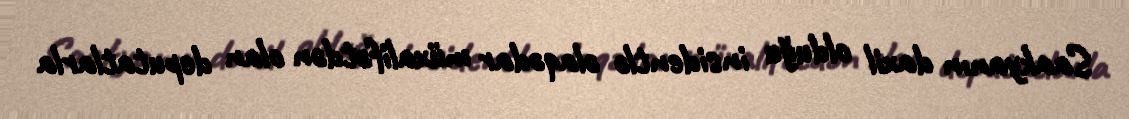
Saakyanın daxil olduğu insidentlə əlaqədar müxalifətdən olan deputatlarla